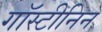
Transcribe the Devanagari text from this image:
गॉस्टीनिन